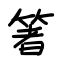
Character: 箸